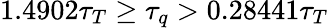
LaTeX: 1.4902\tau_{T}\geq\tau_{q}>0.28441\tau_{T}